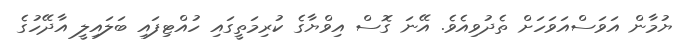
ޔުމާން އަވަސްއަވަހަށް ތެދުވިއެވެ. އޭނަ ގޮސް އިވްޔާގެ ކުރިމަތީގައި ހުއްޓިފައި ބަލައިލީ އާދޭހުގެ